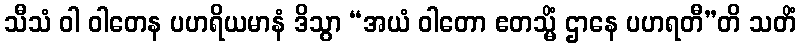
သီသံ ဝါ ဝါတေန ပဟရိယမာနံ ဒိသွာ “အယံ ဝါတော ဧတသ္မိံ ဌာနေ ပဟရတီ”တိ သတိံ